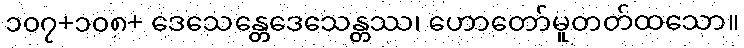
၁၀၇+၁၀၈+ ဒေသေန္တေဒေသေန္တဿ၊ ဟောတော်မူတတ်ထသော။